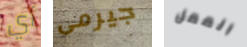
أي جيرمى الممل